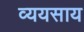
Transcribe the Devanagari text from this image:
व्ययसाय